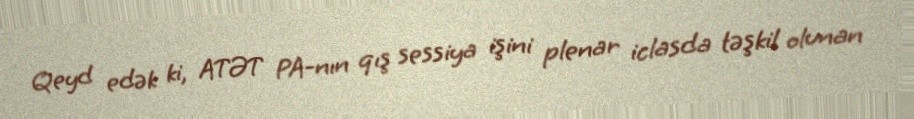
Qeyd edək ki, ATƏT PA-nın qış sessiya işini plenar iclasda təşkil olunan